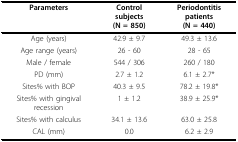
| Parameters | Control subjects(N = 850) | Periodontitis patients(N = 440) |
 | --- | --- | --- |
 | Age (years) | 42.9 ± 9.7 | 49.3 ± 13.6 |
 | Age range (years) | 26 - 60 | 28 - 65 |
 | Male / female | 544 / 306 | 260 / 180 |
 | PD (mm) | 2.7 ± 1.2 | 6.1 ± 2.7* |
 | Sites% with BOP | 40.3 ± 9.5 | 78.2 ± 19.8* |
 | Sites% with gingival recession | 1 ± 1.2 | 38.9 ± 25.9* |
 | Sites% with calculus | 34.1 ± 13.6 | 63.0 ± 25.8 |
 | CAL (mm) | 0.0 | 6.2 ± 2.9 |